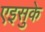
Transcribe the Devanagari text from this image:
एइसुके